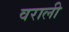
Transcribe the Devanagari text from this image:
वराली